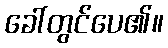
ခေါ်တွင်ပေ၏။